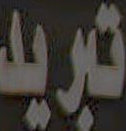
تبريد